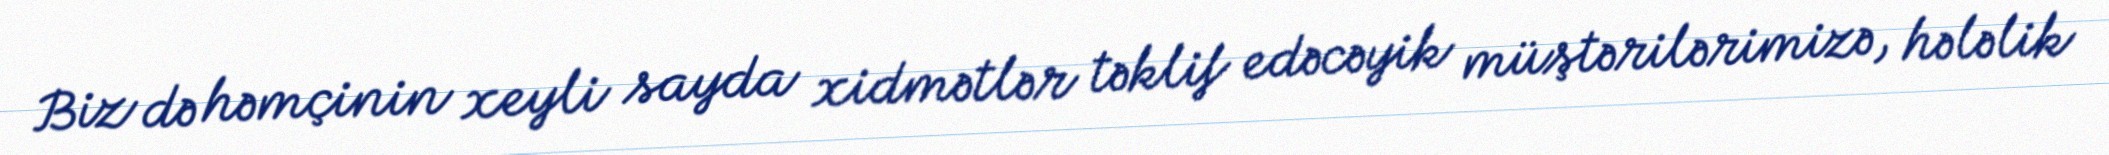
Biz də həmçinin xeyli sayda xidmətlər təklif edəcəyik müştərilərimizə, hələlik